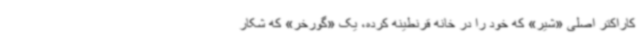
کاراکتر اصلی «شیر» که خود را در خانه قرنطینه کرده، یک «گورخر» که شکار